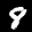
Label: 8